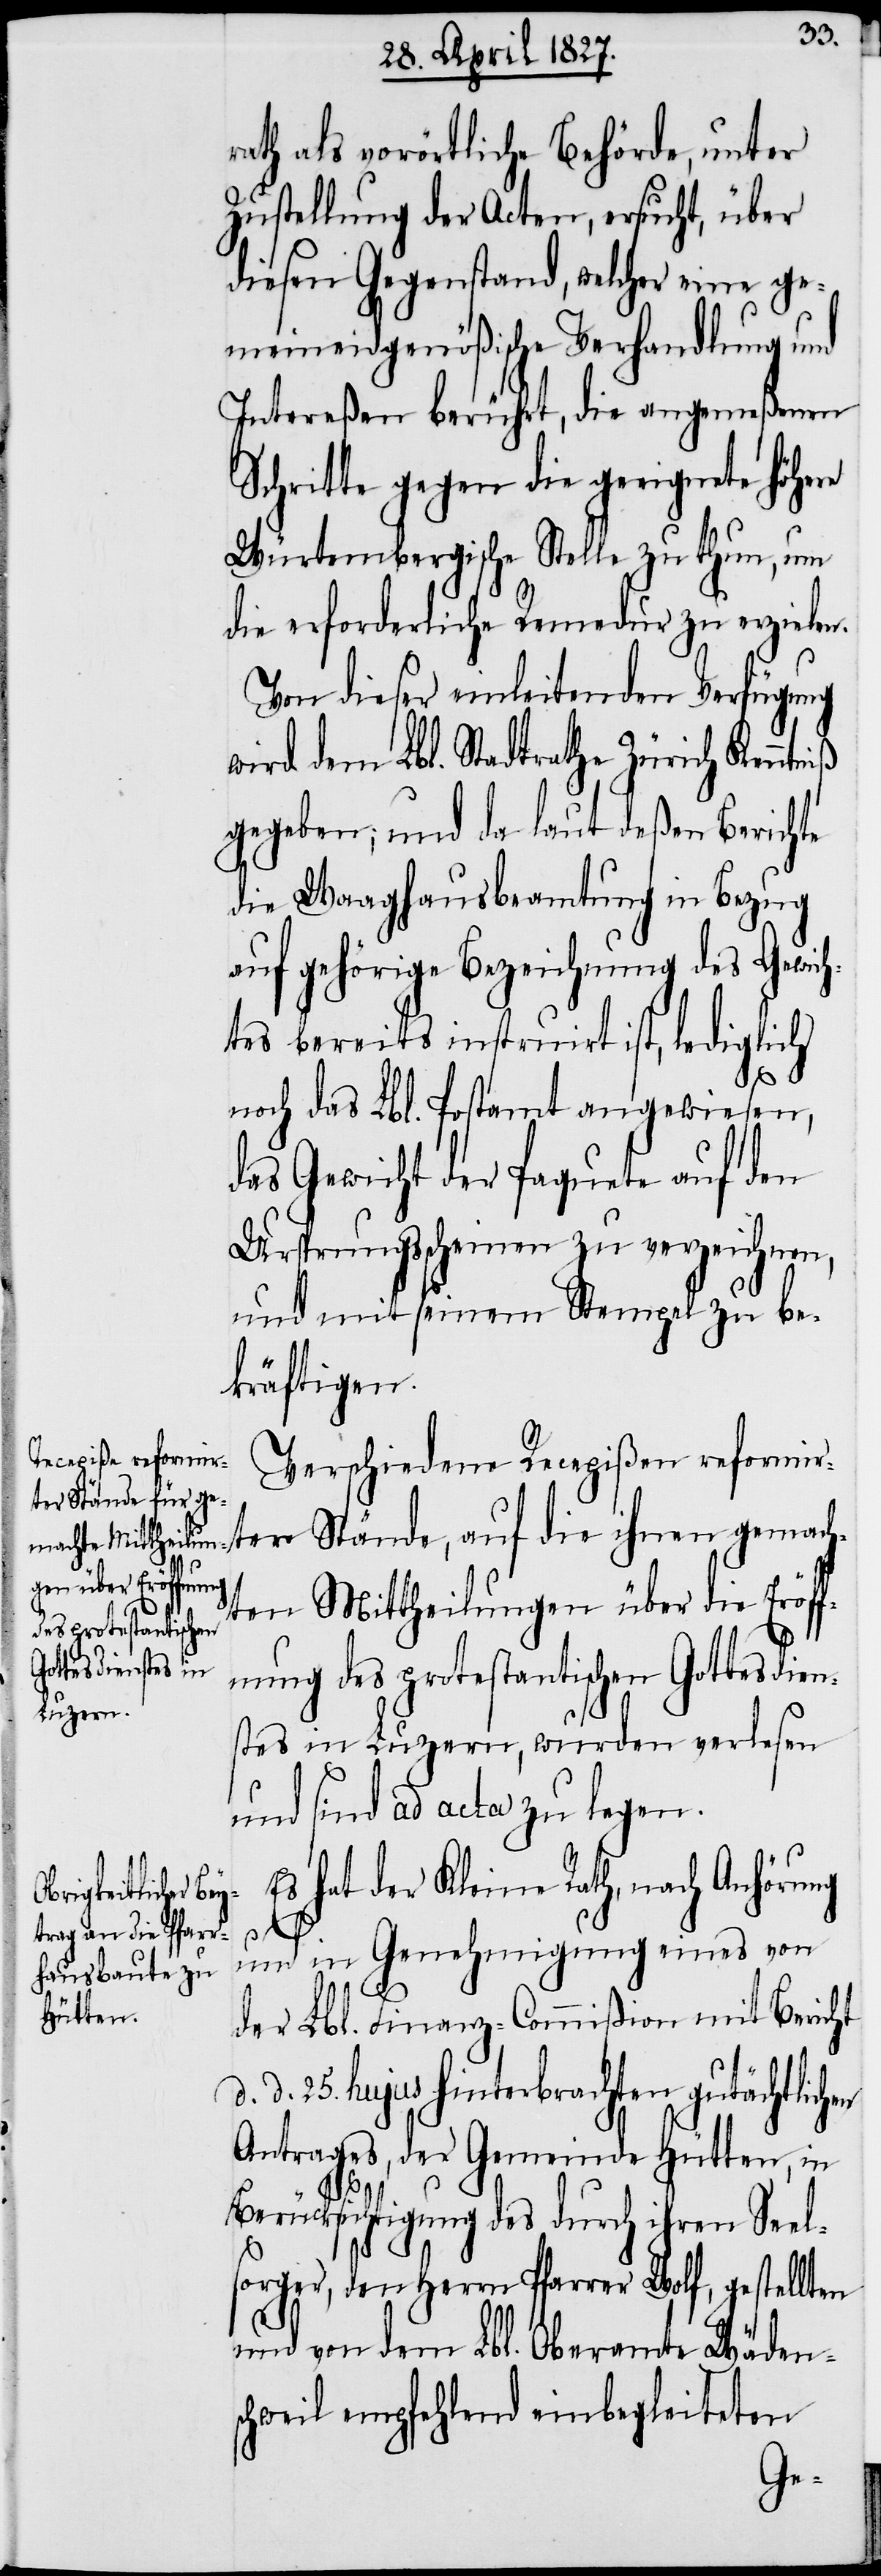
rath als vorörtliche Behörde, unter
Zustellung der Acten, ersucht, über
diesen Gegenstand, welcher eine ge¬
meineidgenößische Verhandlung und
Intereßen berührt, die angemeßenen
Schritte gegen die geeignete Höhere
Würtembergische Stelle zu thun, um
die erforderliche Remedur zu erzielen.
Von dieser einleitenden Verfügung
wird dem Lbl. Stadtrathe Zürich Kenntniß
gegeben; und da laut deßen Berichte
die Waaghausbeamtung in Bezug
auf gehörige Bezeichnung des Gewich¬
tes bereits instruirt ist, lediglich
en
noch das Lbl. Postamt angewiesen,
das Gewicht der Paquete auf den
Ursprungsscheinen zu verzeichnen,
und mit seinem Stempel zu be¬
kräftigen.
Verschiedene Recepißen reformir¬
ter Stände, auf die ihnen gemach¬
ten Mittheilung über die Eröff¬
nung des protestantischen Gottesdien¬
stes in Luzern, wurden verlesen
und sind ad acta zu legen.
Es hat der Kleine Rath, nach Anhörung
d.
und in Genehmigung eines von
der Lbl. Finanz-Commißion mit Bericht
d. 25. hujus hinterbrachten gutächtlich¬
Antrages, der Gemeinde Hütten, in
Berücksichtigung des durch ihren Seel¬
sorger, den Herrn Pfarrer Wolf, gestellten
und von dem Lbl. Oberamt Wäden¬
schweil empfehlend einbegleiteten